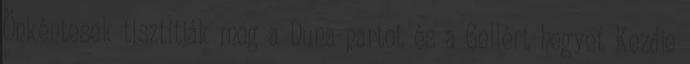
Önkéntesek tisztítják meg a Duna-partot és a Gellért-hegyet Kezdje